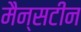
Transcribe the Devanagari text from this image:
मैन्सटीन